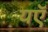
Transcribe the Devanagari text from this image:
यऍ